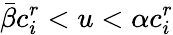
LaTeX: {\bar{\beta}}c_{i}^{r}<u<\alpha c_{i}^{r}